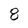
Character: 8